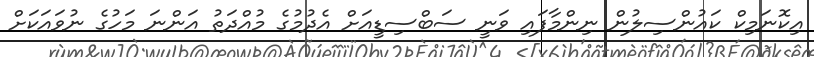
އިކޮނަމިކް ކައުންސިލުން ނިންމާފައި ވަނީ ސަބްސިޑީއަށް އެދުމުގެ މުއްދަތު އަންނަ މަހުގެ ނުވައަކަށް